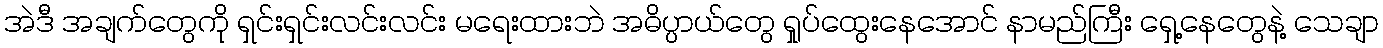
အဲဒီ အချက်တွေကို ရှင်းရှင်းလင်းလင်း မရေးထားဘဲ အဓိပ္ပာယ်တွေ ရှုပ်ထွေးနေအောင် နာမည်ကြီး ရှေ့နေတွေနဲ့ သေချာ